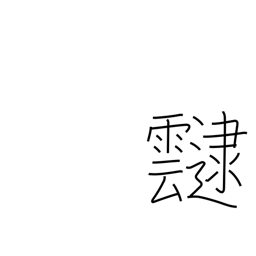
Meaning: cloud cover